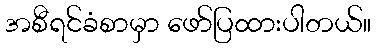
အစီရင်ခံစာမှာ ဖော်ပြထားပါတယ်။